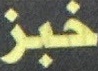
خبز